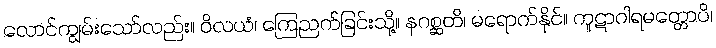
လောင်ကျွမ်းသော်လည်း။ ဝိလယံ၊ ကြေညက်ခြင်းသို့။ နဂစ္ဆတိ၊ မရောက်နိုင်။ ကူဋာဂါရမတ္တောပိ၊